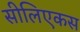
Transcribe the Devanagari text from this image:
सीलिएकस